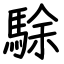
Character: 駼